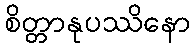
စိတ္တာနုပဿိနော